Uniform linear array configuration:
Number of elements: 16
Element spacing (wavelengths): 0.5
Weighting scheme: kaiser
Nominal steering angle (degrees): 60
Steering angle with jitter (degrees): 59.096
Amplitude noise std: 0.05
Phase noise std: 0.05

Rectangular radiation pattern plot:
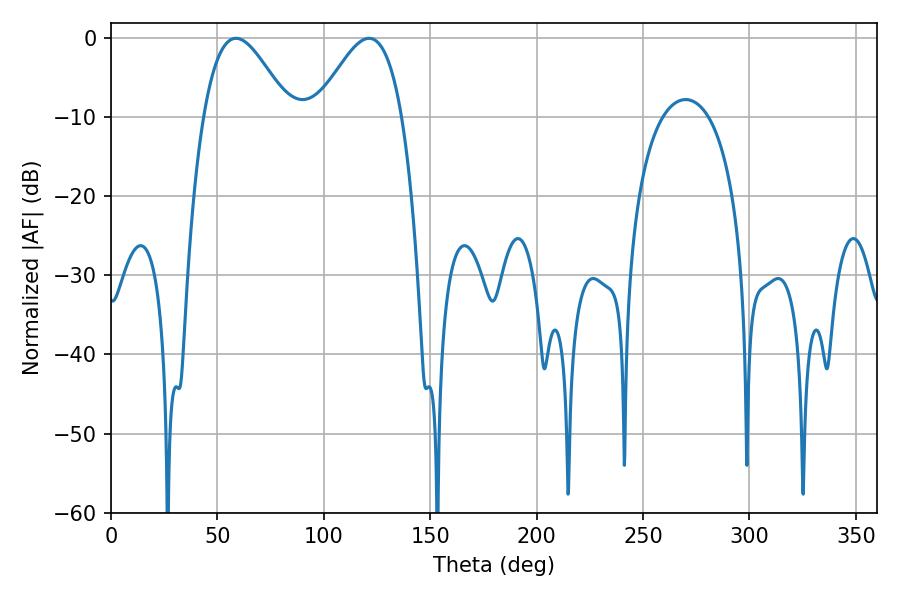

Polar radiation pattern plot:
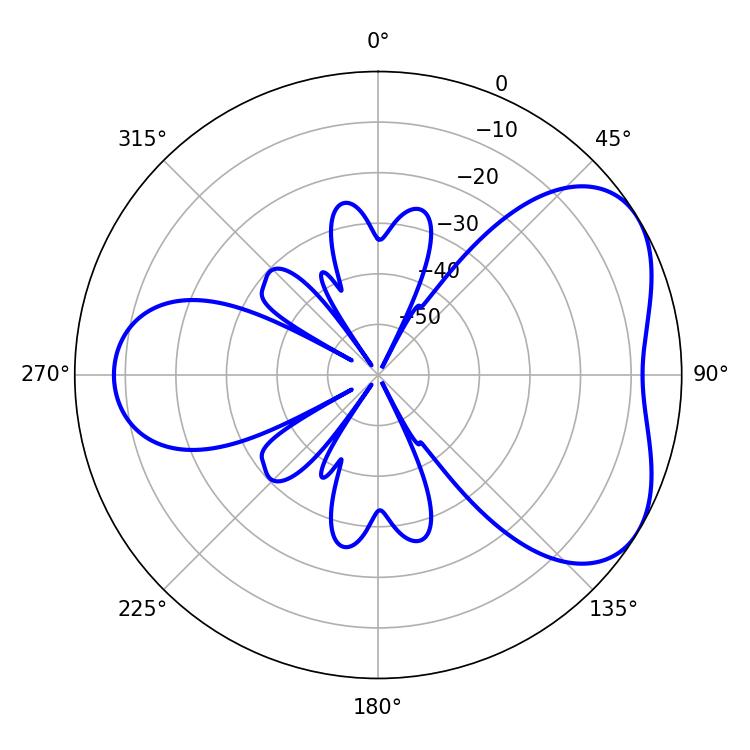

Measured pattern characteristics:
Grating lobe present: FALSE
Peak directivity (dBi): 4.732
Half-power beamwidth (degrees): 21.6
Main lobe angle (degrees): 58.68